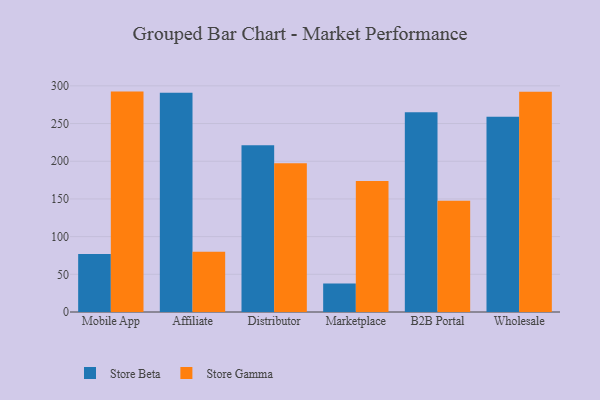
{"axis": {"x": "Channel", "y": "Active Users"}, "legend": ["Store Beta", "Store Gamma"], "data": [{"x": "Mobile App", "y": 76.9, "type": "Store Beta"}, {"x": "Mobile App", "y": 292.4, "type": "Store Gamma"}, {"x": "Affiliate", "y": 290.9, "type": "Store Beta"}, {"x": "Affiliate", "y": 79.9, "type": "Store Gamma"}, {"x": "Distributor", "y": 221.3, "type": "Store Beta"}, {"x": "Distributor", "y": 197.4, "type": "Store Gamma"}, {"x": "Marketplace", "y": 37.7, "type": "Store Beta"}, {"x": "Marketplace", "y": 173.7, "type": "Store Gamma"}, {"x": "B2B Portal", "y": 265.1, "type": "Store Beta"}, {"x": "B2B Portal", "y": 147.6, "type": "Store Gamma"}, {"x": "Wholesale", "y": 259.1, "type": "Store Beta"}, {"x": "Wholesale", "y": 292.1, "type": "Store Gamma"}]}